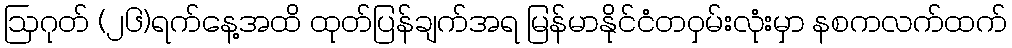
ဩဂုတ် (၂၆)ရက်နေ့အထိ ထုတ်ပြန်ချက်အရ မြန်မာနိုင်ငံတဝှမ်းလုံးမှာ နစကလက်ထက်